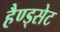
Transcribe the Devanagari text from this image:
हैण्ड्सेट